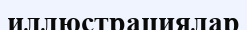
иллюстрациялар